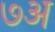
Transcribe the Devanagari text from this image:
७अ